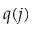
q ( j )